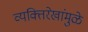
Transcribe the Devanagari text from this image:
व्यक्तिरेखांमुळे